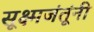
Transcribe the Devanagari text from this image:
सूक्ष्मजंतूंनी